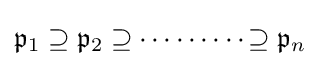
{\mathfrak {p}}_{1}\supseteq {\mathfrak {p}}_{2}\supseteq \!\!\;\cdots \cdots \cdots \!\!\,\supseteq {\mathfrak {p}}_{n}